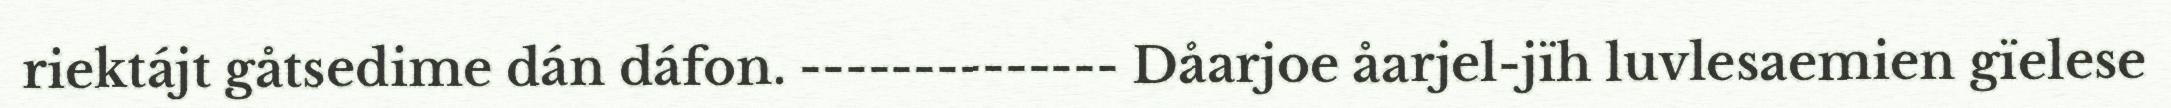
riektájt gåtsedime dán dáfon. -------------- Dåarjoe åarjel-jïh luvlesaemien gïelese